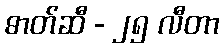
ဓာတ်ဆီ - ၂၅ လီတာ